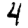
Digit: 4